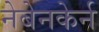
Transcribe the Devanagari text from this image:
नेबेनकेर्न